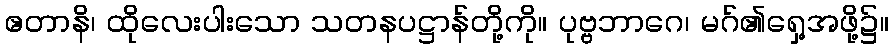
ဧတာနိ၊ ထိုလေးပါးသော သတနပဋ္ဌာန်တို့ကို။ ပုဗ္ဗဘာဂေ၊ မဂ်၏ရှေ့အဖို့၌။